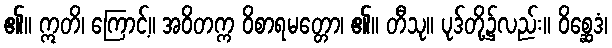
၏။ ဣတိ၊ ကြောင့်။ အဝိတက္က ဝိစာရမတ္တော၊ ၏။ တီသု။ ပုဒ်တို့၌လည်း။ ဝိစ္ဆေဒံ၊